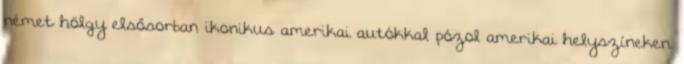
német hölgy elsősorban ikonikus amerikai autókkal pózol amerikai helyszíneken.